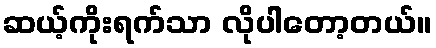
ဆယ့်ကိုးရက်သာ လိုပါတော့တယ်။